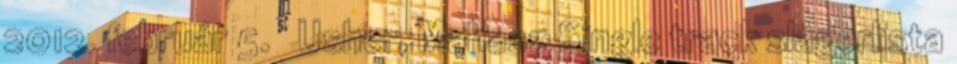
2012. február 5. ↑ Usher, Mahasz Single track slágerlista